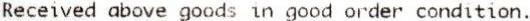
RECEIVED ABOVE GOODS IN GOOD ORDER CONDITION.